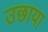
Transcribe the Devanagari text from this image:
उछाया